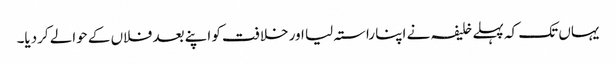
یہاں تک کہ پہلے خلیفہ نے اپنا راستہ لیا اور خلافت کو اپنے بعد فلاں کے حوالے کردیا۔